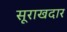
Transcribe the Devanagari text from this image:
सूराखदार